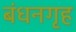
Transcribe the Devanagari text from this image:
बंधनगृह